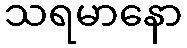
သရမာနော